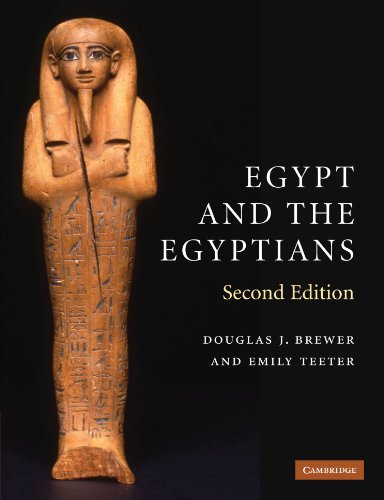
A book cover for Egypt and the Egyptians; Douglas J. Brewer; Science & Math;